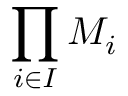
\prod _ { i \in I } M _ { i }